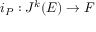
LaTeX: i _ { P } : J ^ { k } ( E ) \rightarrow F